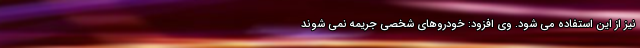
نیز از این استفاده می شود. وی افزود: خودروهای شخصی جریمه نمی شوند